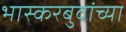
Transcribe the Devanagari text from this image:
भास्करबुवांच्या